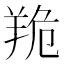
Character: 䍯